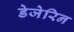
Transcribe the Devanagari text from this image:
डेजेरिन